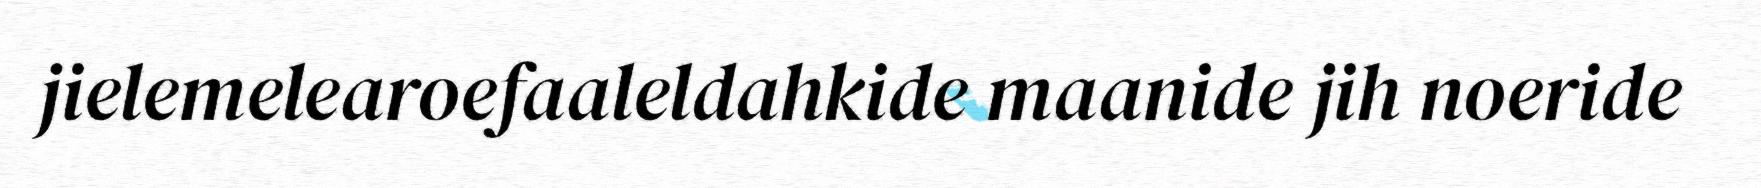
jielemelearoefaaleldahkide maanide jih noeride